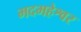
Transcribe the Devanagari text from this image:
मदमहेश्वर